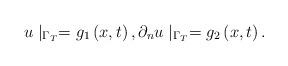
LaTeX: \begin{align*}u\mid _{\Gamma _{T}}=g_{1}\left( x,t\right) ,\partial _{n}u\mid _{\Gamma_{T}}=g_{2}\left( x,t\right) . \end{align*}